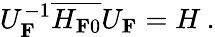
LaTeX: U_{\mathbf F}^{{-1}}\overline{{{H_{{\mathbf F}0}}}}{U}_{\mathbf F}=H\: .